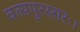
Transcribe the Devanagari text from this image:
वत्सपुरस्सरः।